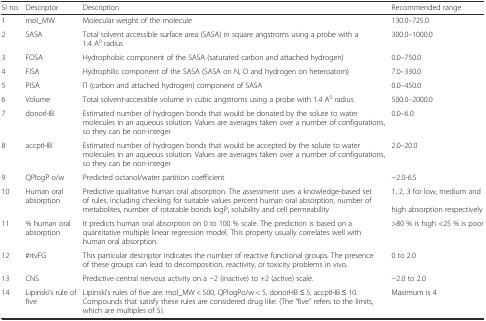
| Sl no. | Descriptor | Description | Recommended range |
 | --- | --- | --- | --- |
 | 1 | mol_MW | Molecular weight of the molecule | 130.0–725.0 |
 | 2 | SASA | Total solvent accessible surface area (SASA) in square angstroms using a probe with a 1.4 A0 radius | 300.0–1000.0 |
 | 3 | FOSA | Hydrophobic component of the SASA (saturated carbon and attached hydrogen) | 0.0–750.0 |
 | 4 | FISA | Hydrophilic component of the SASA (SASA on N, O and hydrogen on heteroatom) | 7.0–330.0 |
 | 5 | PISA | Π (carbon and attached hydrogen) component of SASA | 0.0–450.0 |
 | 6 | Volume | Total solvent-accessible volume in cubic angstroms using a probe with 1.4 A0 radius | 500.0–2000.0 |
 | 7 | donorHB | Estimated number of hydrogen bonds that would be donated by the solute to water molecules in an aqueous solution. Values are averages taken over a number of configurations, so they can be non-integer | 0.0–6.0 |
 | 8 | accptHB | Estimated number of hydrogen bonds that would be accepted by the solute to water molecules in an aqueous solution. Values are averages taken over a number of configurations, so they can be non-integer | 2.0–20.0 |
 | 9 | QPlogP o/w | Predicted octanol/water partition coefficient | −2.0-6.5 |
 | 10 | Human oral absorption | Predictive qualitative human oral absorption. The assessment uses a knowledge-based set of rules, including checking for suitable values percent human oral absorption, number of metabolites, number of rotatable bonds logP, solubility and cell permeability | 1, 2, 3 for low, medium and high absorption respectively |
 | 11 | % human oral absorption | It predicts human oral absorption on 0 to 100 % scale. The prediction is based on a quantitative multiple linear regression model. This property usually correlates well with human oral absorption. | >80 % is high <25 % is poor |
 | 12 | #rtvFG | This particular descriptor indicates the number of reactive functional groups. The presence of these groups can lead to decomposition, reactivity, or toxicity problems in vivo. | 0 to 2.0 |
 | 13 | CNS | Predictive central nervous activity on a −2 (inactive) to +2 (active) scale. | −2.0 to 2.0 |
 | 14 | Lipinski’s rule of five | Lipinski’s rules of five are: mol_MW < 500, QPlogPo/w < 5, donorHB ≤ 5, accptHB ≤ 10. Compounds that satisfy these rules are considered drug like. (The “five” refers to the limits, which are multiples of 5). | Maximum is 4 |